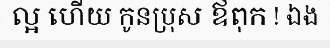
ល្អ ហើយ កូនប្រុស ឪពុក ! ឯង